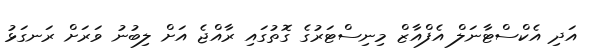
އަދި އެކްސްޓާނަލް އެފްއާޒް މިނިސްޓަރުގެ ގޮތުގައި ރާއްޖެ އަށް ލިބުނު ވަރަށް ރަނގަޅު